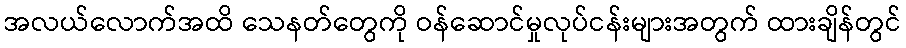
အလယ်လောက်အထိ သေနတ်တွေကို ဝန်ဆောင်မှုလုပ်ငန်းများအတွက် ထားချိန်တွင်